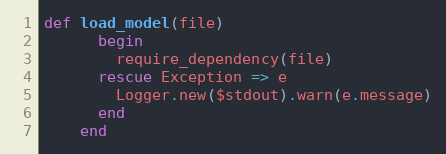
Language: Ruby
def load_model(file)
      begin
        require_dependency(file)
      rescue Exception => e
        Logger.new($stdout).warn(e.message)
      end
    end